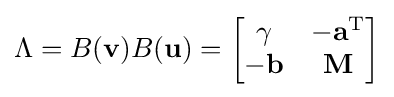
\Lambda =B(\mathbf {v} )B(\mathbf {u} )={\begin{bmatrix}\gamma &-\mathbf {a} ^{\mathrm {T} }\\-\mathbf {b} &\mathbf {M} \end{bmatrix}}